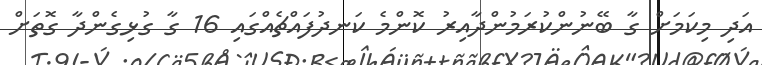
އަދި މިކަމަށް ގާ ބޭނުންކުރަމުންދާއިރު ކޮންމެ ކަނދުފައްޗެއްގައި 16 ގާ ގުޅިގެންދާ ގޮތަށް